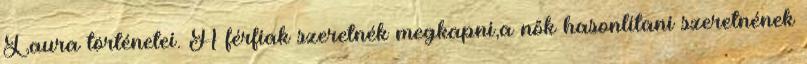
Laura történetei. A férfiak szeretnék megkapni,a nők hasonlítani szeretnének